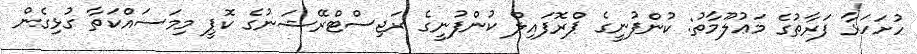
ހުށަހަޅާ ފަރާތުގެ މަޢުލޫމާތު: ކުންފުނީގެ ޕްރޮފައިލް ކުންފުނީގެ ރަޖިސްޓްރޭޝަނުގެ ކޮޕީ މިމަސައްކަތާ ގުޅިގެން